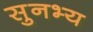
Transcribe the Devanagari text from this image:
सुनभ्य